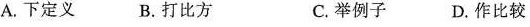
A.下定义 B.打比方 C.举例子 D.作比较